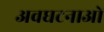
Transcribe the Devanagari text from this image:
अवघटनाओं